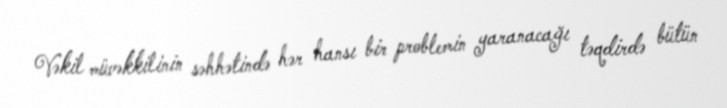
Vəkil müvəkkilinin səhhətində hər hansı bir problemin yaranacağı təqdirdə bütün